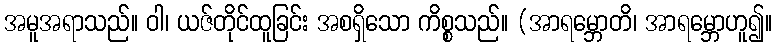
အမူအရာသည်။ ဝါ၊ ယဇ်တိုင်ထူခြင်း အစရှိသော ကိစ္စသည်။ (အာရမ္ဘောတိ၊ အာရမ္ဘောဟူ၍။